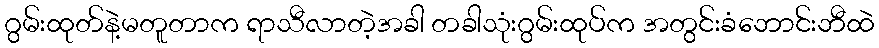
ဂွမ်းထုတ်နဲ့မတူတာက ရာသီလာတဲ့အခါ တခါသုံးဂွမ်းထုပ်က အတွင်းခံဘောင်းဘီထဲ